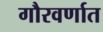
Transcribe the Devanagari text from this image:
गौरवर्णात